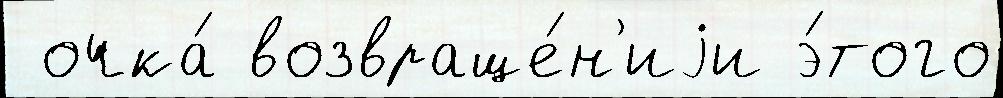
 очка́ возвраще́н'иjи э́того